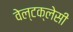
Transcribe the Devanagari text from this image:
वेल्टक्लेसी